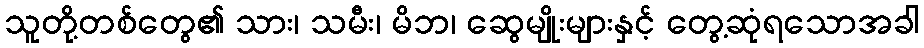
သူတို့တစ်တွေ၏ သား၊ သမီး၊ မိဘ၊ ဆွေမျိုးများနှင့် တွေ့ဆုံရသောအခါ